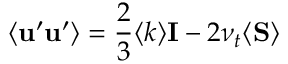
\langle { { \bf { u ^ { \prime } } \bf { u ^ { \prime } } } } \rangle = \frac { 2 } { 3 } \langle k \rangle { \bf { I } } - 2 \nu _ { t } \langle { \bf { S } } \rangle